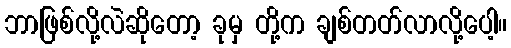
ဘာဖြစ်လို့လဲဆိုတော့ ခုမှ တို့က ချစ်တတ်လာလို့ပေါ့။